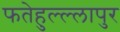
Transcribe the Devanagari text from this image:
फतेहुल्ल्लापुर